Annual administration report of the Civil Veterinary Department of India - 1895-1896
Year: 1895
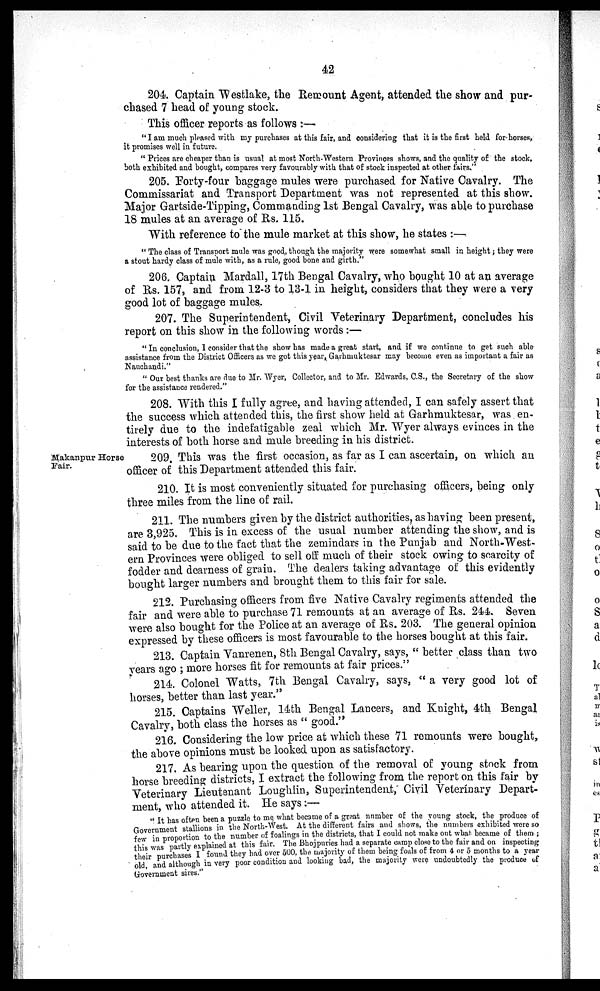
42
204. Captain Westlake, the Remount Agent, attended the show and pur-
chased 7 head of young stock.
This officer reports as follows:—
"I am much pleased with my purchases at this fair, and considering that it is the first held for horses,
it promises well in future.
"Prices are cheaper than is usual at most North-Western Provinces shows, and the quality of the stock,
both exhibited and bought, compares very favourably with that of stock inspected at other fairs."
205. Forty-four baggage mules were purchased for Native Cavalry. The
Commissariat and Transport Department was not represented at this show.
Major Gartside-Tipping, Commanding 1st Bengal Cavalry, was able to purchase
18 mules at an average of Rs. 115.
With reference to the mule market at this show, he states:—
"The class of Transport mule was good, though the majority were somewhat small in height; they were
a stout hardy class of mule with, as a rule, good bone and girth."
206. Captain Mardall, 17th Bengal Cavalry, who bought 10 at an average
of Rs. 157, and from 12-3 to 13-1 in height, considers that they were a very
good lot of baggage mules.
207. The Superintendent, Civil Veterinary Department, concludes his
report on this show in the following words:—
"In conclusion, I consider that the show has made a great start, and if we continue to get such able
assistance from the District Officers as we got this year, Garhmuktesar may become even as important a fair as
Nauchandi."
"Our best thanks are due to Mr. Wyer, Collector, and to Mr. Edwards, C.S., the Secretary of the show
for the assistance rendered."
208. With this I fully agree, and having attended, I can safely assert that
the success which attended this, the first show held at Garhmuktesar, was en-
tirely due to the indefatigable zeal which Mr. Wyer always evinces in the
interests of both horse and mule breeding in his district.
Makanpur Horse
Fair.
209. This was the first occasion, as far as I can ascertain, on which an
officer of this Department attended this fair.
210. It is most conveniently situated for purchasing officers, being only
three miles from the line of rail.
211. The numbers given by the district authorities, as having been present,
are 3,925. This is in excess of the usual number attending the show, and is
said to be due to the fact that the zemindars in the Punjab and North-West-
ern Provinces were obliged to sell off much of their stock owing to scarcity of
fodder and dearness of grain. The dealers taking advantage of this evidently
bought larger numbers and brought them to this fair for sale.
212. Purchasing officers from five Native Cavalry regiments attended the
fair and were able to purchase 71 remounts at an average of Rs. 244. Seven
were also bought for the Police at an average of Rs. 203. The general opinion
expressed by these officers is most favourable to the horses bought at this fair.
213. Captain Vanrenen, 8th Bengal Cavalry, says, " better class than two
years ago ; more horses fit for remounts at fair prices."
214. Colonel Watts, 7th Bengal Cavalry, says, "a very good lot of
horses, better than last year."
215. Captains Weller, 14th Bengal Lancers, and Knight, 4th Bengal
Cavalry, both class the horses as "good."
216. Considering the low price at which these 71 remounts were bought,
the above opinions must be looked upon as satisfactory.
217. As bearing upon the question of the removal of young stock from
horse breeding districts, I extract the following from the report on this fair by
Veterinary Lieutenant Loughlin, Superintendent, Civil Veterinary Depart-
ment, who attended it. He says:—
"It has often been a puzzle to me what became of a great number of the young stock, the produce of
Government stallions in the North-West. At the different fairs and shows, the numbers exhibited were so
few in proportion to the number of foalings in the districts, that I could not make out what became of them;
this was partly explained at this fair. The Bhojpuries had a separate camp close to the fair and on inspecting
their purchases I found they had over 500, the majority of them being foals of from 4 or 5 months to a year
old, and although in very poor condition and looking bad, the majority were undoubtedly the produce of
Government sires."